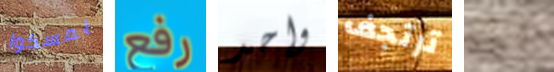
يمسكوا رفع واحد ترتجف أحد